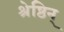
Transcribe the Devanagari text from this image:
श्रेष्ठिन्